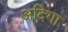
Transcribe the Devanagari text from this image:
अदिगा